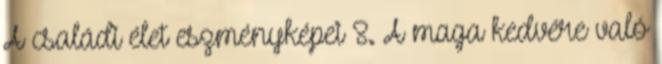
A családi élet eszményképei 8. A maga kedvére való